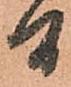
間